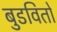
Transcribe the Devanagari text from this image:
बुडवितो